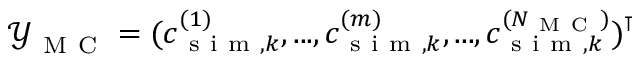
\boldsymbol { \mathcal { Y } } _ { \mathrm { ~ M ~ C ~ } } = ( c _ { \mathrm { ~ s ~ i ~ m ~ } , k } ^ { ( 1 ) } , . . . , c _ { \mathrm { ~ s ~ i ~ m ~ } , k } ^ { ( m ) } , . . . , c _ { \mathrm { ~ s ~ i ~ m ~ } , k } ^ { ( N _ { \mathrm { ~ M ~ C ~ } } ) } ) ^ { \intercal }